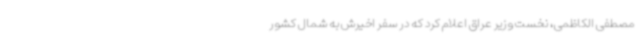
مصطفی الکاظمی، نخست وزیر عراق اعلام کرد که در سفر اخیرش به شمال کشور